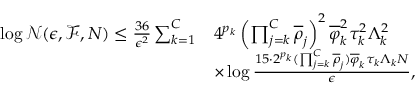
\begin{array} { r l } { \log \mathcal { N } ( \epsilon , \mathcal { F } , N ) \leq \frac { 3 6 } { \epsilon ^ { 2 } } \sum _ { k = 1 } ^ { C } } & { 4 ^ { p _ { k } } \left( \prod _ { j = k } ^ { C } \overline { { \rho } } _ { j } \right) ^ { 2 } \overline { { \varphi } } _ { k } ^ { 2 } \tau _ { k } ^ { 2 } \Lambda _ { k } ^ { 2 } } \\ & { \times \log \frac { 1 5 \cdot 2 ^ { p _ { k } } ( \prod _ { j = k } ^ { C } \overline { { \rho } } _ { j } ) \overline { { \varphi } } _ { k } \tau _ { k } \Lambda _ { k } N } { \epsilon } , } \end{array}